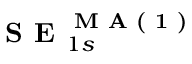
\textbf { S E } _ { 1 s } ^ { \textbf { M A ( 1 ) } }